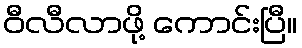
ဝီလီလာဖို့ ကောင်းပြီ။